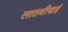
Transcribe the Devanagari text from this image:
लातवीयाई